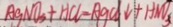
A g N O _ { 3 } + H C l = A g C l \downarrow + H N O _ { 3 }